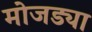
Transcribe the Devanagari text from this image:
मोजड्या